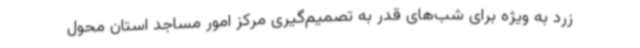
زرد به ویژه برای شب‌های قدر به تصمیم‌گیری مرکز امور مساجد استان محول